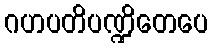
ဂဟပတိပဏ္ဍိတေပေ